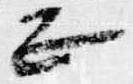
正